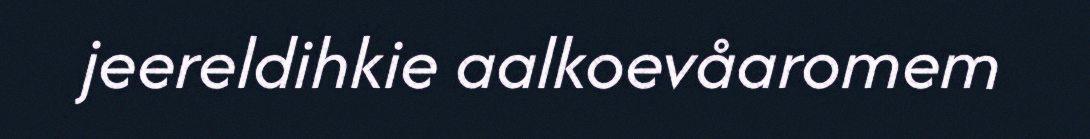
jeereldihkie aalkoevåaromem